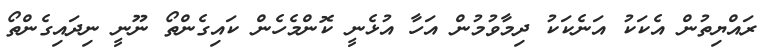
ރައްޔިތުން އެކަކު އަނެކަކު ދިމާވުމުން އަހާ އުޅެނީ ކޮންމެހެން ކައިގެންތޯ ނޫނީ ނިދައިގެންތޯ